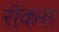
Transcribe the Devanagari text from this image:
रॉकस